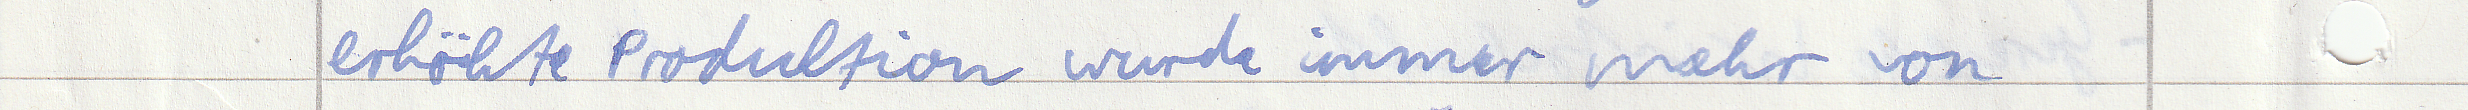
erhöhte Produktion wurde immer mehr von